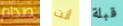
صدام أنت قبلة